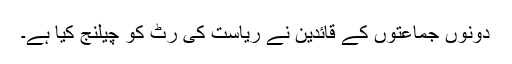
دونوں جماعتوں کے قائدین نے ریاست کی رٹ کو چیلنج کیا ہے۔